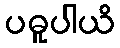
ပဓူပါယိ